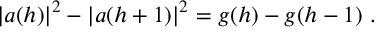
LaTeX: \vert a ( h ) \vert ^ { 2 } - \vert a ( h + 1 ) \vert ^ { 2 } = g ( h ) - g ( h - 1 ) ~ .